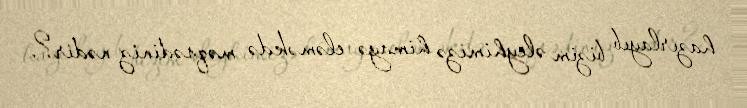
hazırlayıb bizim əleyhimizə himayə eləməkdə məqsədiniz nədir?.